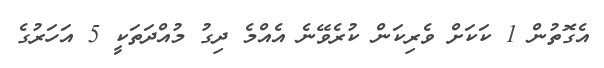
އެގޮތުން 1 ކަކަށް ވެރިކަން ކުރެވޭނެ އެއްމެ ދިގު މުއްދަތަކީ 5 އަހަރުގެ